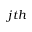
j t h